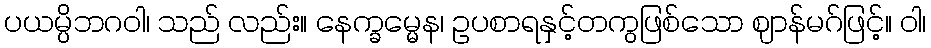
ပယမ္ပိဘဂဝါ၊ သည် လည်း။ နေက္ခမ္မေန၊ ဥပစာရနှင့်တကွဖြစ်သော ဈာန်မဂ်ဖြင့်။ ဝါ၊